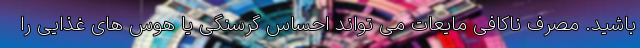
باشید. مصرف ناکافی مایعات می تواند احساس گرسنگی یا هوس های غذایی را